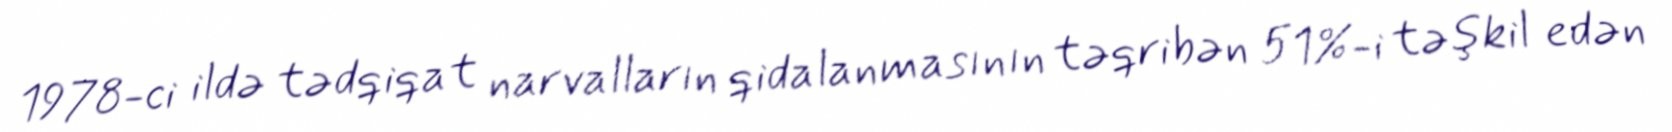
1978-ci ildə tədqiqat narvalların qidalanmasının təqribən 51%-i təşkil edən